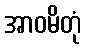
အာဝမိတုံ